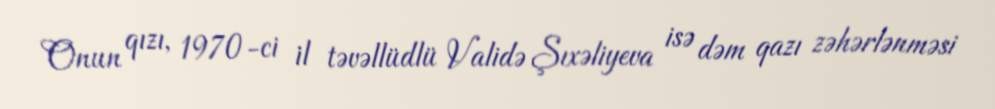
Onun qızı, 1970-ci il təvəllüdlü Validə Şıxəliyeva isə dəm qazı zəhərlənməsi